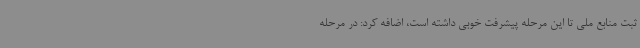
ثبت منابع ملی تا این مرحله پیشرفت خوبی داشته است، اضافه کرد: در مرحله